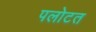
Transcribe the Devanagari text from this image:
पलोटत